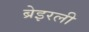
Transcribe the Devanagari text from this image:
ब्रेइरली